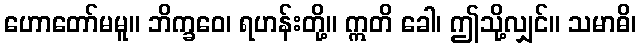
ဟောတော်မမူ။ ဘိက္ခဝေ၊ ရဟန်းတို့။ ဣတိ ခေါ၊ ဤသို့လျှင်။ သမာဓိ၊